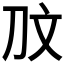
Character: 𭃉